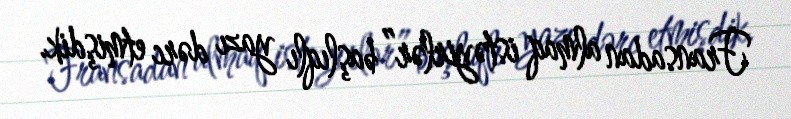
Fransadan almaq istəyirlər” başlıqlı yazı dərc etmişdik.